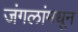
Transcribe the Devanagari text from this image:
जंगलांमधून